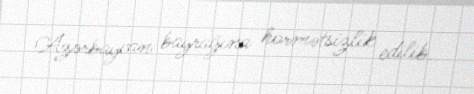
Azərbaycan bayrağına hörmətsizlik edilib.